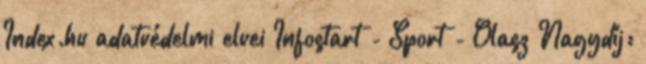
Index.hu adatvédelmi elvei Infostart - Sport - Olasz Nagydíj: